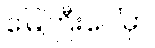
မြေကြီးပေါ်မှာ